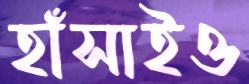
হাঁসাইও